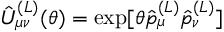
\hat { U } _ { \mu \nu } ^ { ( L ) } ( \theta ) = \exp [ \theta \hat { p } _ { \mu } ^ { ( L ) } \hat { p } _ { \nu } ^ { ( L ) } ]